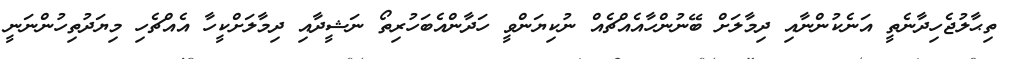
ތިޙާލުޖެހިދާނެތީ އަނެކުންނާއި ދިމާލަށް ބޭނުންހާއެއްޗެއް ނުކިޔަންވީ ހަދާންއެބަހުރިތޯ ނަޝީދާއި ދިމާލަށްކީހާ އެއްޗެހި މިޔަދުތިހުންނަނީ